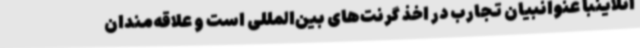
آنلاینبا عنوانبیان تجارب در اخذ گرنت‌های بین‌المللی است و علاقه‌مندان